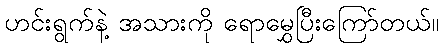
ဟင်းရွက်နဲ့ အသားကို ရောမွှေပြီးကြော်တယ်။